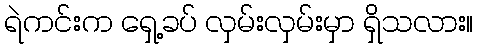
ရဲကင်းက ရှေ့ခပ် လှမ်းလှမ်းမှာ ရှိသလား။